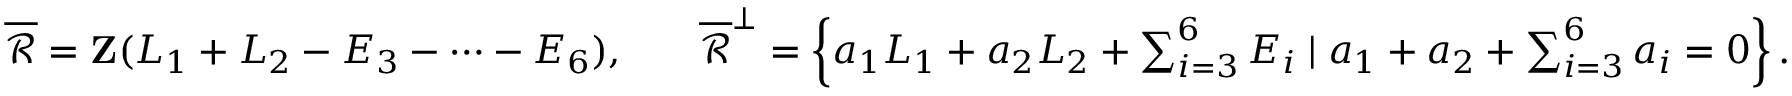
\begin{array} { r l r l } & { \overline { { \mathscr { R } } } = \mathbf { Z } ( L _ { 1 } + L _ { 2 } - E _ { 3 } - \cdots - E _ { 6 } ) , } & & { \overline { { \mathscr { R } } } ^ { \perp } = \left\{ a _ { 1 } L _ { 1 } + a _ { 2 } L _ { 2 } + \sum _ { i = 3 } ^ { 6 } E _ { i } \mid a _ { 1 } + a _ { 2 } + \sum _ { i = 3 } ^ { 6 } a _ { i } = 0 \right\} . } \end{array}